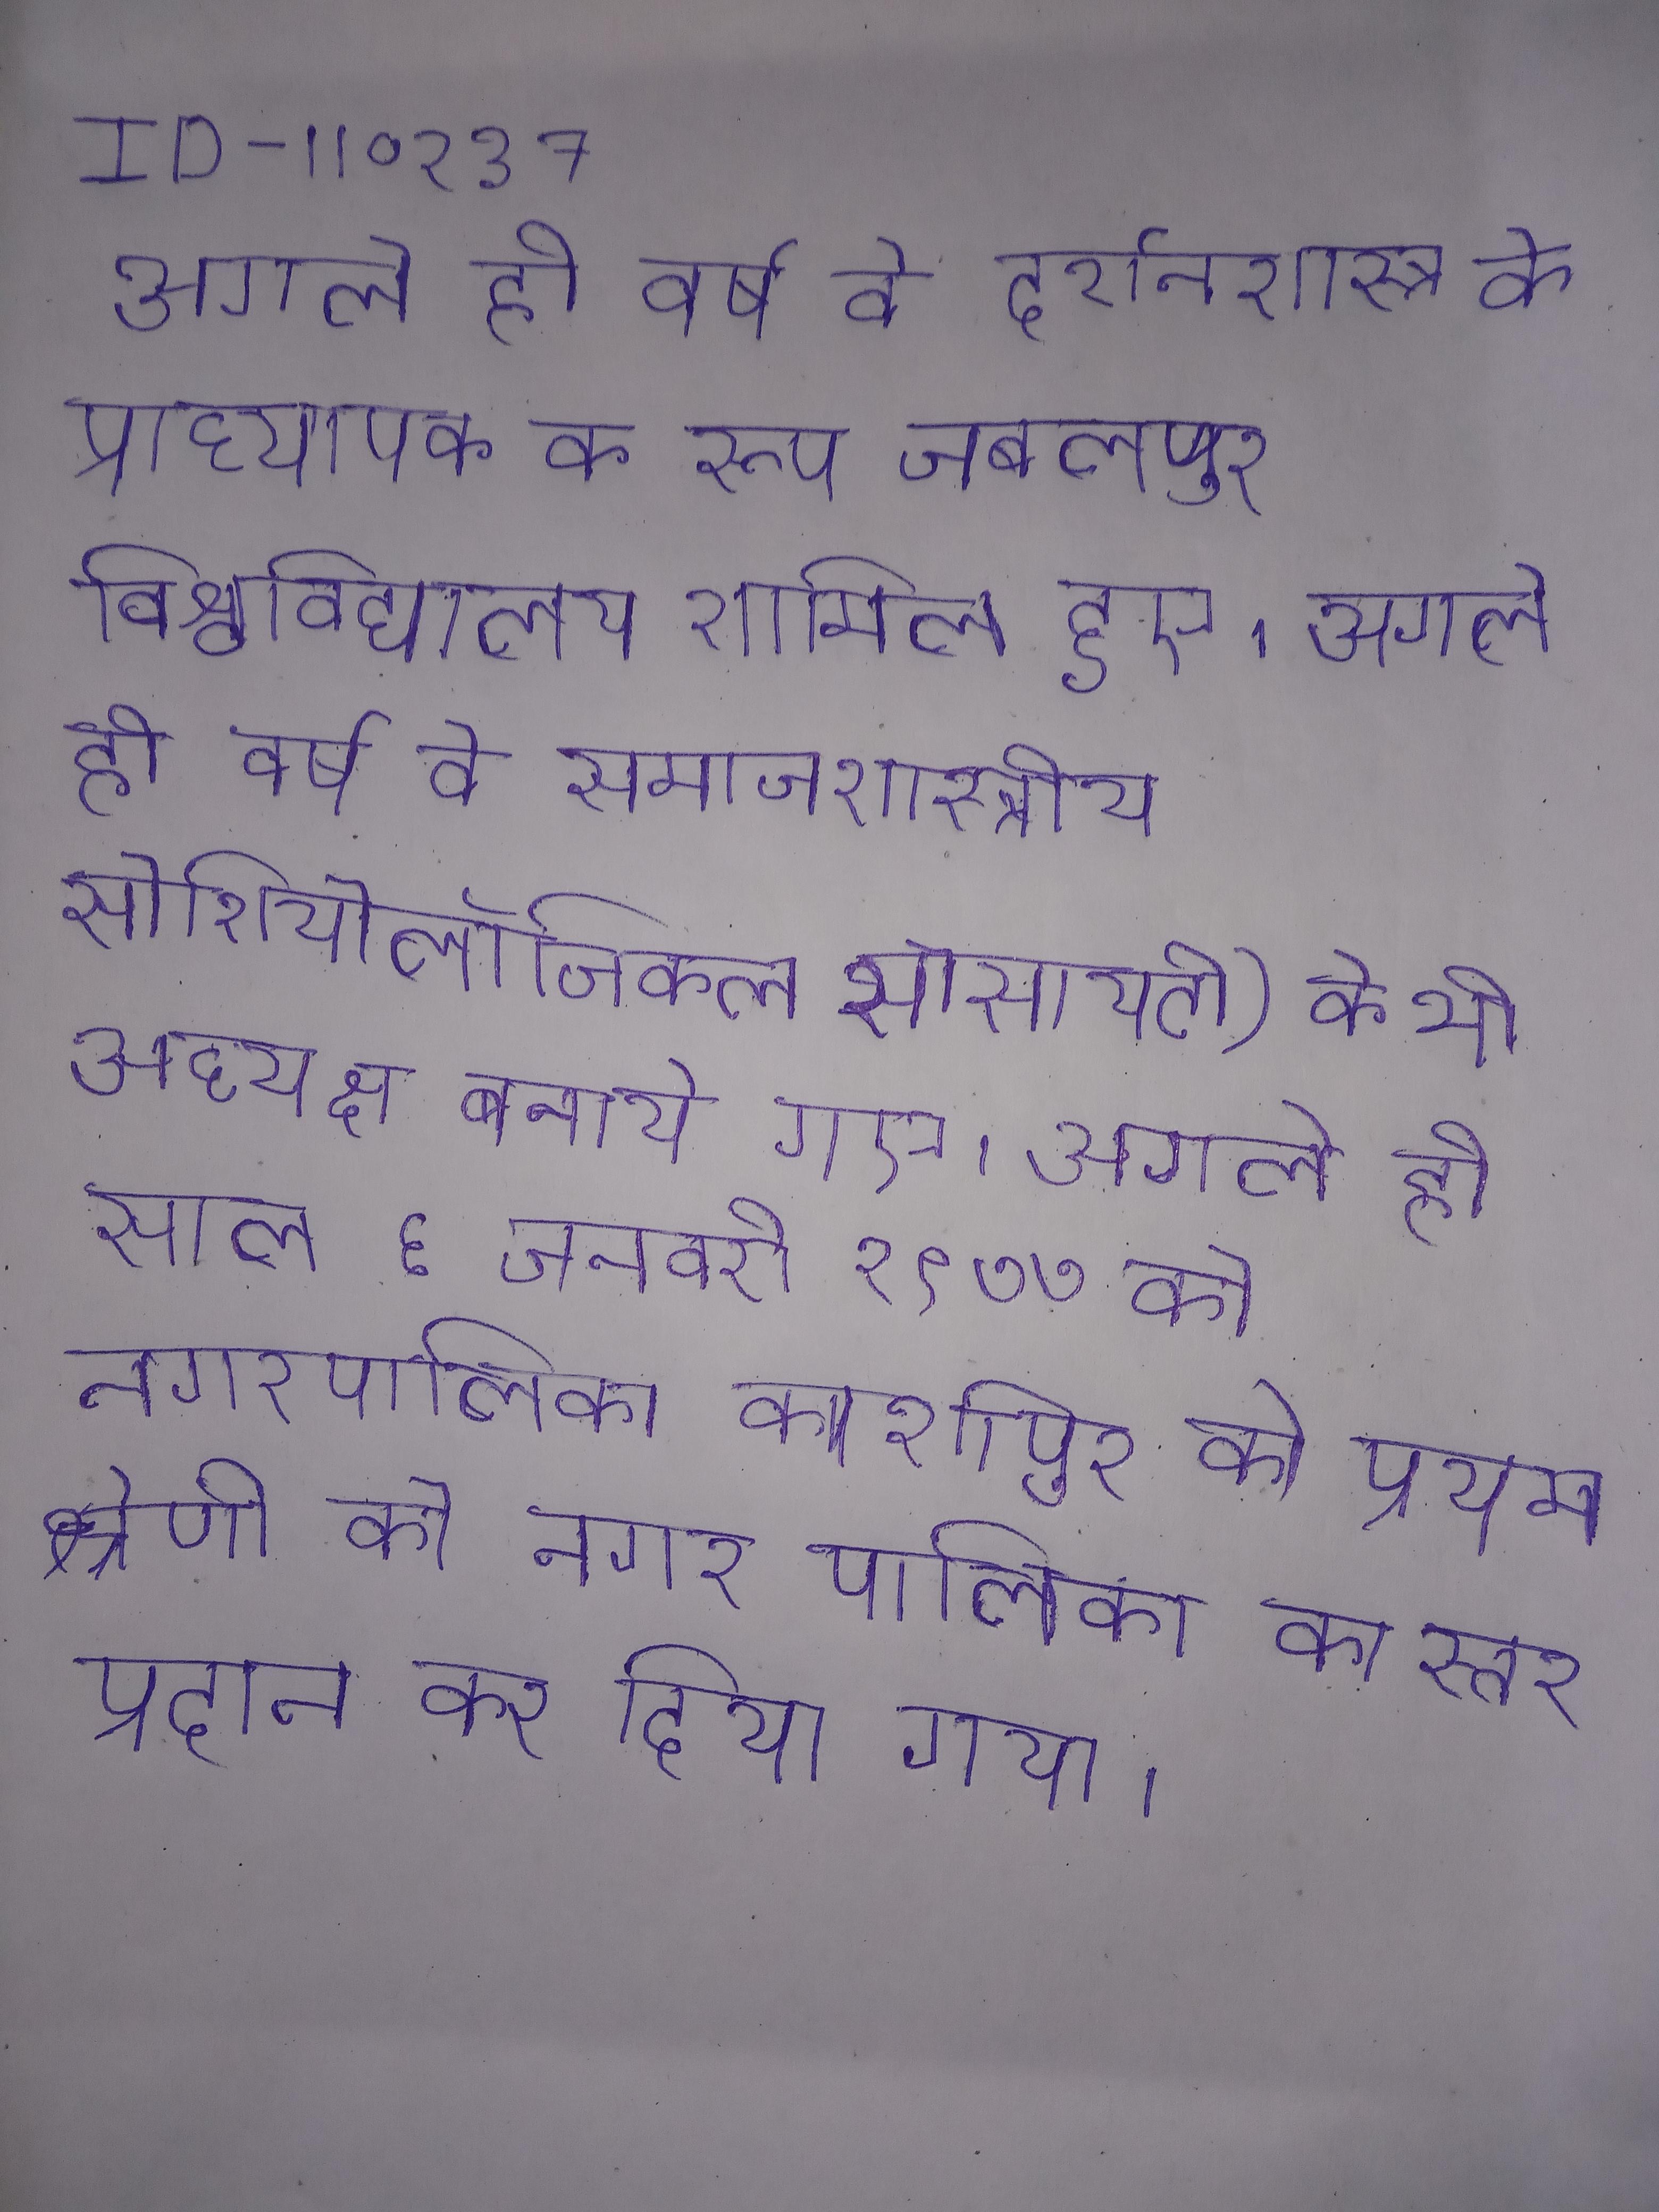
अगले ही वर्ष वे दर्शनशास्त्र के प्राध्यापक के रूप जबलपुर विश्वविद्यालय शामिल हुए । अगले ही वर्ष वे समाजशास्त्रीय सोशियोलॉजिकल सोसायटी) के भी अध्यक्ष बनाये गए । अगले ही साल ६ जनवरी १९७७ को नगरपालिका काशीपुर को प्रथम श्रेणी की नगर पालिका का स्तर प्रदान कर दिया गया ।